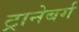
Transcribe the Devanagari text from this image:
ट्रानेबर्ग